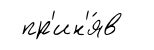
пр'ин'я́в